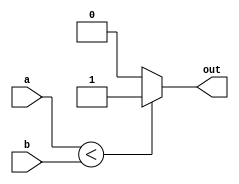
module slt1(out, a, b);
    input  a,b;
    output out;
    
    assign out = (a < b) ? 1: 0;
endmodule